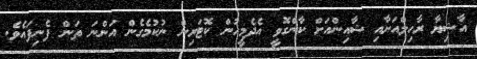
އާޝިޔާ ރާހިލްއަށާއި ޝާއިންއަށް ކާންގޮވީ އެދެމީހުން ކޮޓަރިން ނުކުމެގެން އަންނަ ތަން ފެނިފައެވެ.